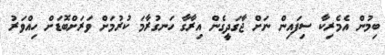
ބިމުން އެމެރިކާ ސިފައިން ނަށް ޖާގަދީގެން އިރާގާ ހަނގުރާމަ ކުރުމަށް ވަރަށްބޮޑަށް ހިއްވަރު